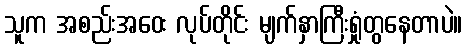
သူက အစည်းအဝေး လုပ်တိုင်း မျက်နှာကြီးရှုံတွနေတာပဲ။